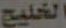
الخليج